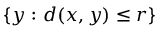
\{ y \, \colon d ( x , y ) \leq r \}